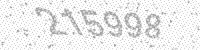
Solution: 215998